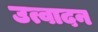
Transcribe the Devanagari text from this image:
उत्वादन